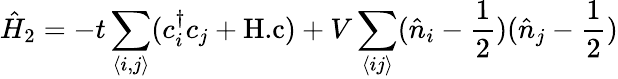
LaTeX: \hat{H}_{2}=-t\sum_{\left<i,j\right>}(c_{i}^{\dagger}c_{j}+\textnormal{H.c})+V\sum_{\left<ij\right>}(\hat{n}_{i}-\frac{1}{2})(\hat{n}_{j}-\frac{1}{2})